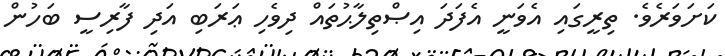
ކަށަވަރެވެ. ތިރީގައި އެވަނީ އެފަދަ އިޞްތިލާޙުތައް ދިވެހި ޢަރަބި އަދި ފާރިސީ ބަހުން